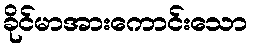
ခိုင်မာအားကောင်းသော